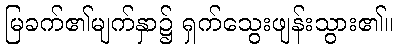
မြခက်၏မျက်နှာ၌ ရှက်သွေးဖျန်းသွား၏။